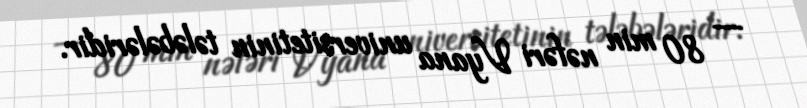
— 80 min nəfəri Vyana universitetinin tələbələridir.